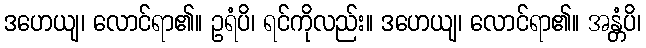
ဒဟေယျ၊ လောင်ရာ၏။ ဥရံပိ၊ ရင်ကိုလည်း။ ဒဟေယျ၊ လောင်ရာ၏။ အန္တံပိ၊